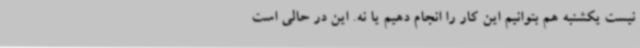
نیست یکشنبه هم بتوانیم این کار را انجام دهیم یا نه. این در حالی است